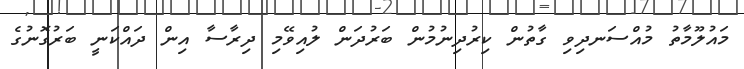
މައުލޫމާތު މުއްސަނދިވި ގާތުން ކިރުދިނުމުން ބަރުދަން ލުއިވޭމި ދިރާސާ އިން ދައްކަނީ ބަރުގޮނުގެ